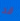
قد